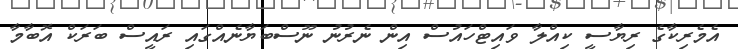
އެމެރިކާގެ ރިޔާސީ ކިއްލާ ވައިޓްހައުސް އިން ނެރުނު ނޫސްބަޔާނެއްގައި ރައީސް ބަރަކް އޮބާމާ